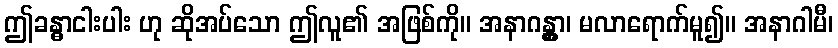
ဤခန္ဓာငါးပါး ဟု ဆိုအပ်သော ဤလူ၏ အဖြစ်ကို။ အနာဂန္တွာ၊ မလာရောက်မူ၍။ အနာဂါမီ၊